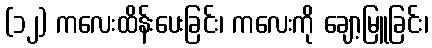
(၁၂) ကလေးထိန်းပေးခြင်း၊ ကလေးကို ချော့မြူခြင်း၊